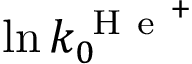
\ln k _ { 0 } ^ { \mathrm { ~ H ~ e ~ } ^ { + } }